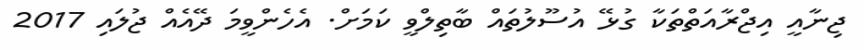
ޖިނާއީ އިޖްރާއަތްތަކާ ގުޅޭ އުސޫލުތައް ބާތިލްވީ ކަމަށް. އެހެންވީމަ ދޭއެއް ޖުލައި 2017